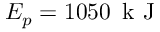
E _ { p } = 1 0 5 0 \, \mathrm { ~ k ~ J ~ }